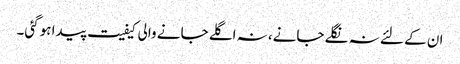
ان کے لئے نہ نگلے جانے، نہ اگلے جانے والی کیفیت پیدا ہوگئی۔